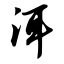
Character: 洱